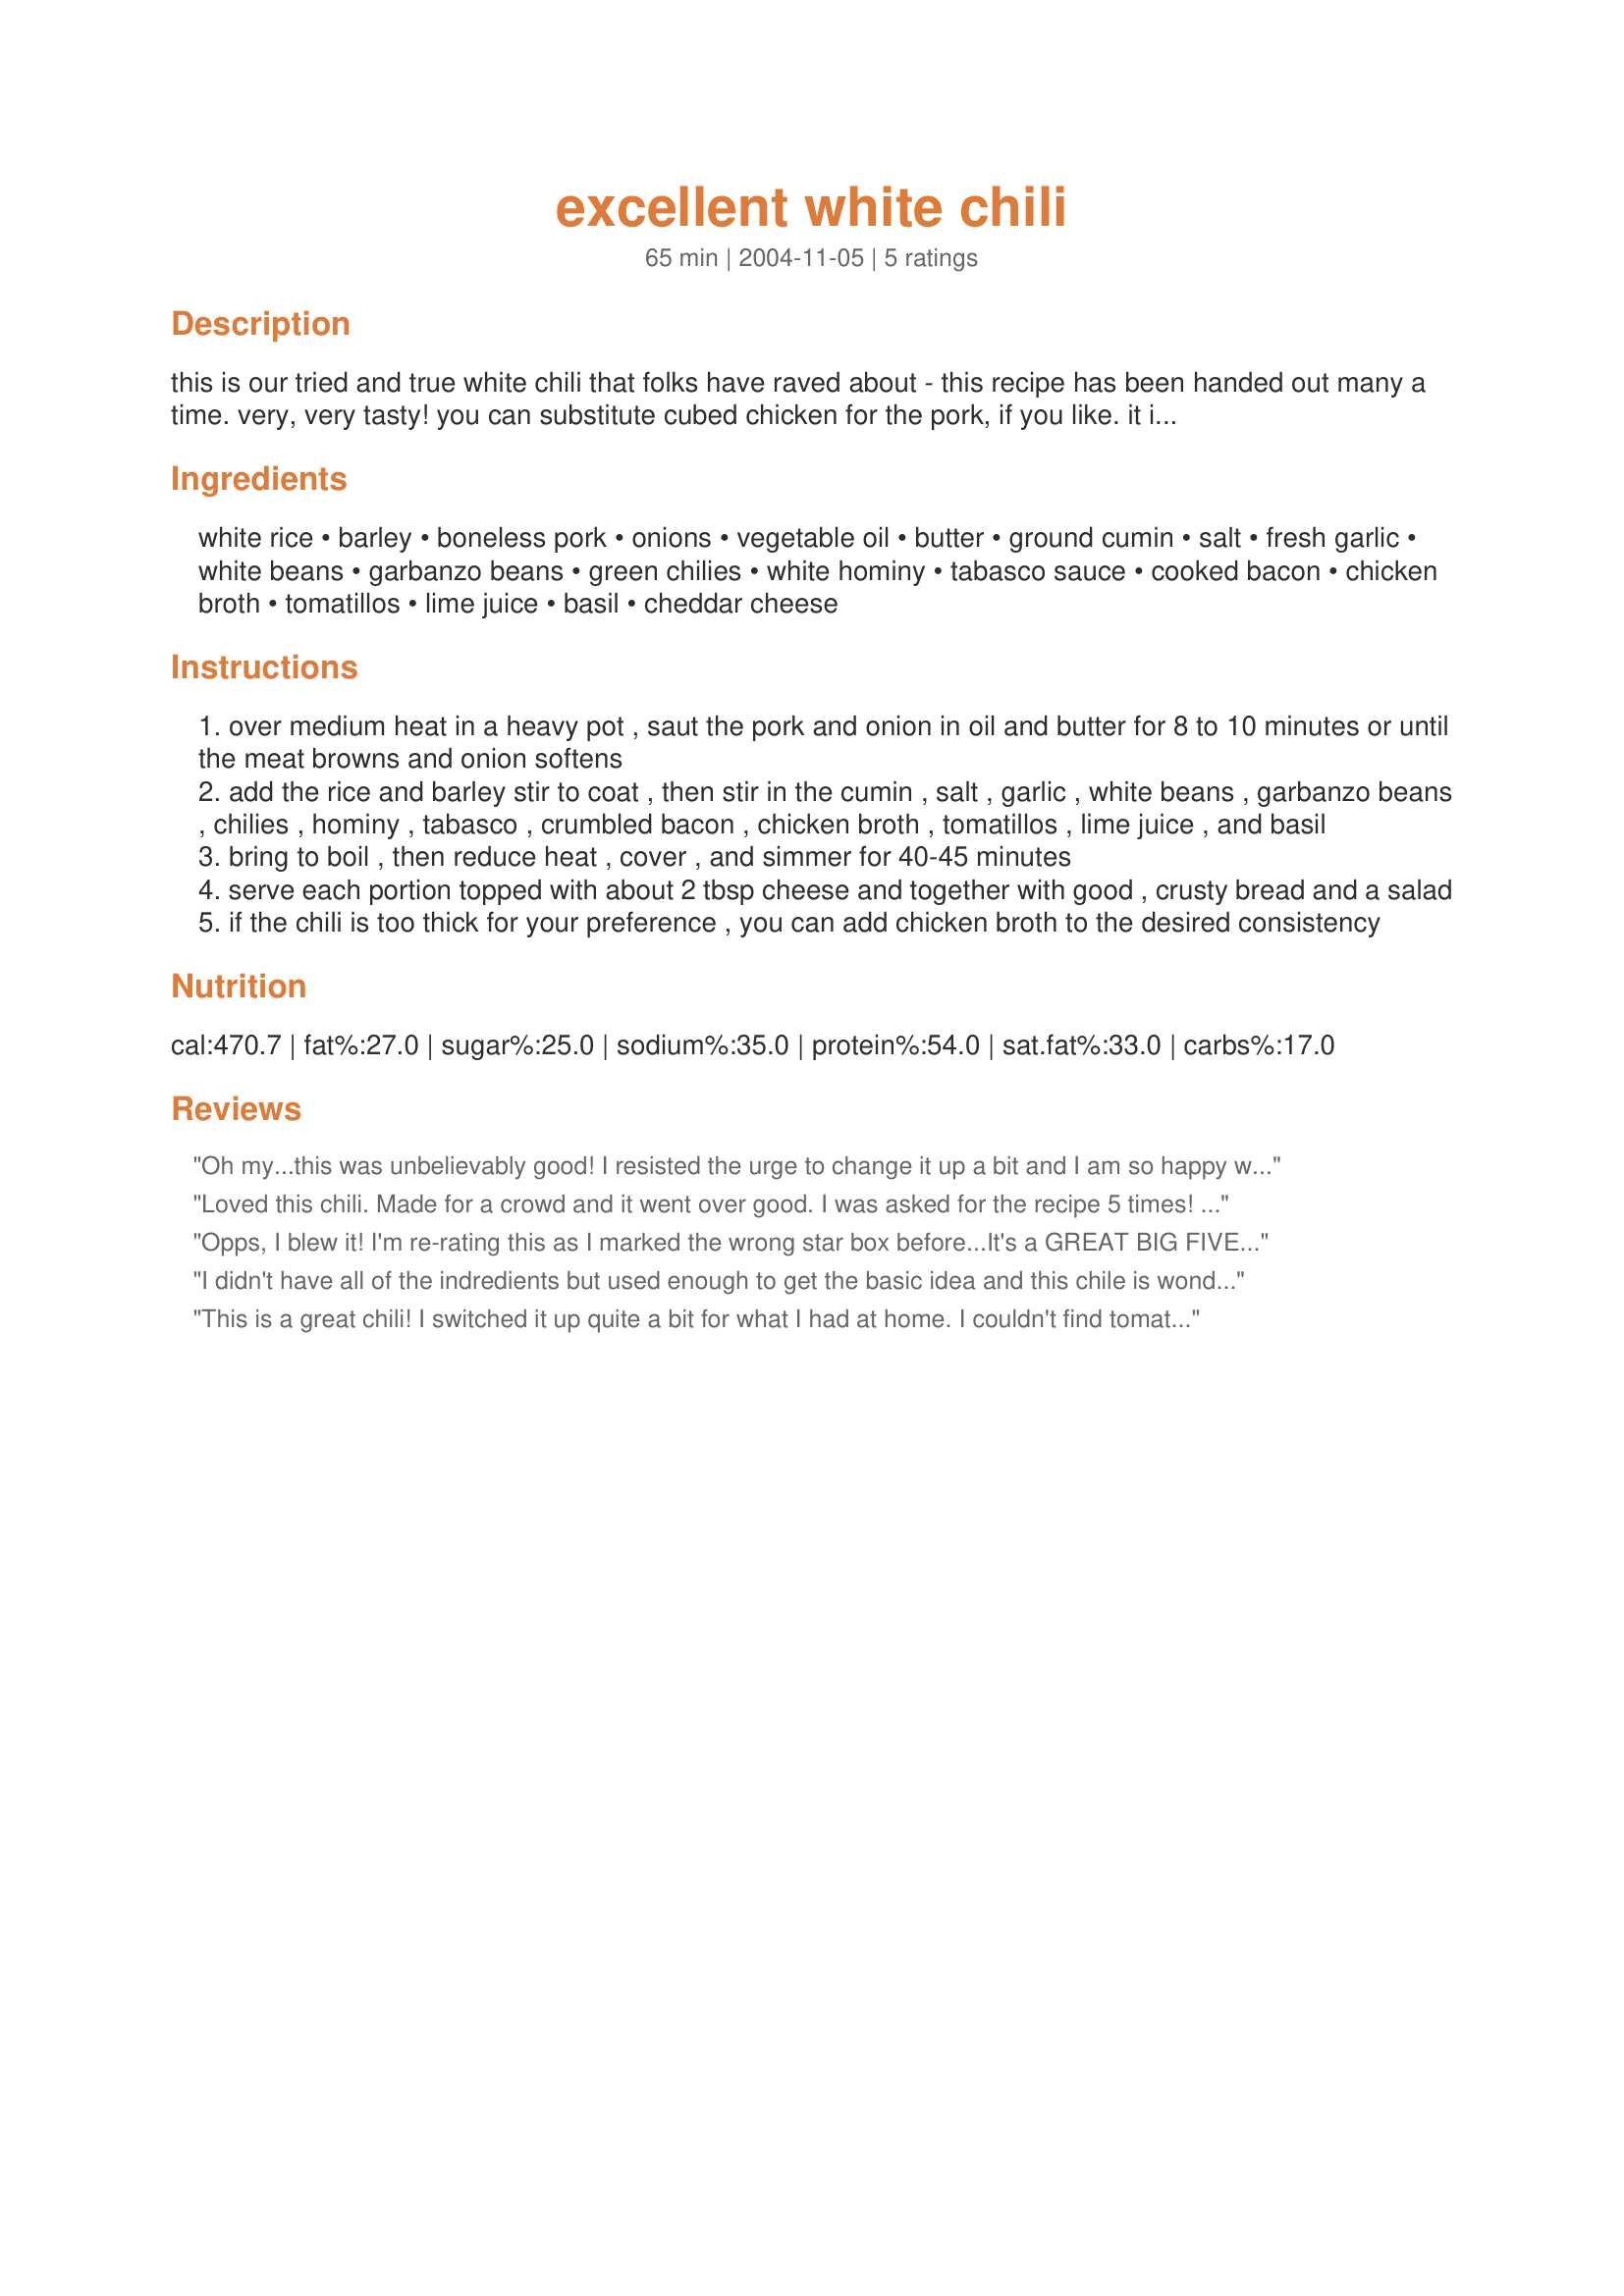
excellent white chili
Preparation time: 65 minutes

this is our tried and true white chili that folks have raved about - this recipe has been handed out many a time. very, very tasty! you can substitute cubed chicken for the pork, if you like. it is absolutely delicious. :) i've made it, friends have made it... you should make it.

Ingredients:
white rice, barley, boneless pork, onions, vegetable oil, butter, ground cumin, salt, fresh garlic, white beans, garbanzo beans, green chilies, white hominy, tabasco sauce, cooked bacon, chicken broth, tomatillos, lime juice, basil, cheddar cheese

Steps:
over medium heat in a heavy pot , saut the pork and onion in oil and butter for 8 to 10 minutes or until the meat browns and onion softens
add the rice and barley stir to coat , then stir in the cumin , salt , garlic , white beans , garbanzo beans , chilies , hominy , tabasco , crumbled bacon , chicken broth , tomatillos , lime juice , and basil
bring to boil , then reduce heat , cover , and simmer for 40-45 minutes
serve each portion topped with about 2 tbsp cheese and together with good , crusty bread and a salad
if the chili is too thick for your preference , you can add chicken broth to the desired consistency

Reviews:
Oh my...this was unbelievably good! I resisted the urge to change it up a bit and I am so happy with your recipe exactly as written. My suggestion would be to use navy rather than small white beans, they hold up better. I used canned diced mild chilis for the whole 1 1/2 C and got pleanty of heat for me. I also used half fresh tomatillos (quartered) as I had them on hand and if they are available when I make this next time I will use all fresh. I used pork tenderloin but I think a pork shoulder would be the way to go. I also omitted the cheese (diet) and served with lime wedges and chopped cilantro. ....thank you! thank you! thank you! ps: it soaks up the broth as it sits so buy extra.
Loved this chili. Made for a crowd and it went over good. I was asked for the recipe 5 times! Thanks for sharing! Kim
Opps, I blew it! I'm re-rating this as I marked the wrong star box before...It's a GREAT BIG FIVE STAR recipe.
I didn't have all of the indredients but used enough to get the basic idea and this chile is wonderful. I did add some dried cranberries, just because I had some. Tasty and very filling.
This is a great chili! I switched it up quite a bit for what I had at home. I couldn't find tomatillos, so I used crushed tomatoes which meant the chili was no longer "white". :) Then I used brown rice and no butter or oil and I put everything in the crock pot for 6 hours on high. Even my picky kids ate it, which is sayin' somethin'! Thanks Julesong.
